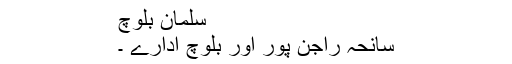
سلمان بلوچ
سانحہ راجن پور اور بلوچ ادارے ۔